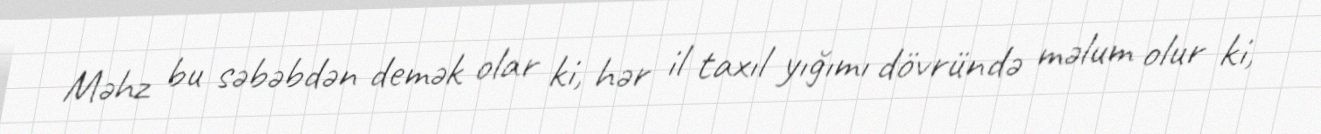
Məhz bu səbəbdən demək olar ki, hər il taxıl yığımı dövründə məlum olur ki,